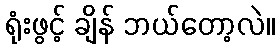
ရုံးဖွင့် ချိန် ဘယ်တော့လဲ။